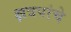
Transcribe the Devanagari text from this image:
क्षत्रपांचे